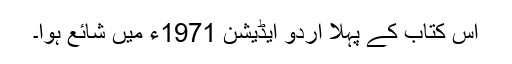
اس کتاب کے پہلا اردو ایڈیشن 1971ء میں شائع ہوا۔